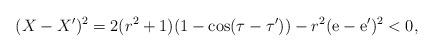
LaTeX: \begin{align*}(X-X')^2 = 2(r^2 +1)(1 -\cos (\tau -\tau')) - r^2 ({\rm e}-{\rm e}')^2 <0,\end{align*}